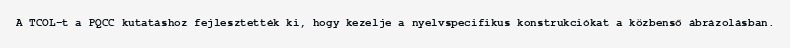
A TCOL-t a PQCC kutatáshoz fejlesztették ki, hogy kezelje a nyelvspecifikus konstrukciókat a közbenső ábrázolásban.